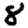
Digit: 8